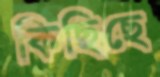
কিছিছে